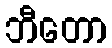
ဘီတော